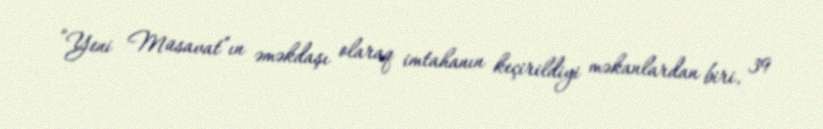
“Yeni Müsavat”ın əməkdaşı olaraq imtahanın keçirildiyi məkanlardan biri, 39